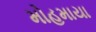
મોહમાયા